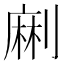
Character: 𠞥